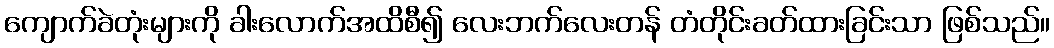
ကျောက်ခဲတုံးများကို ခါးလောက်အထိစီ၍ လေးဘက်လေးတန် တံတိုင်းခတ်ထားခြင်းသာ ဖြစ်သည်။